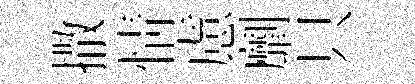
撒情慮劘只